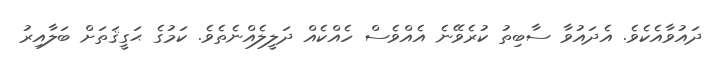
ދައުވާއެކެވެ. އެދައުވާ ސާބިތު ކުރެވޭނެ އެއްވެސް ހެއްކެއް ދަލީލެއްނެތެވެ. ކަމުގެ ޙަގީޤަތަށް ބަލާއިރު